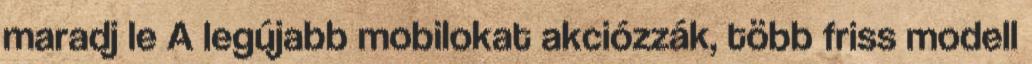
maradj le A legújabb mobilokat akciózzák, több friss modell